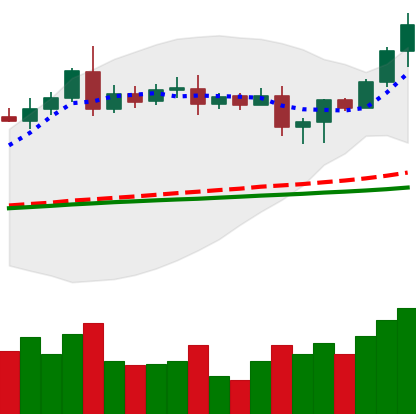
Ticker: LTC-USD
Chart end date: 2020-08-17
Forward return: -10.021%
Label: down_7plus